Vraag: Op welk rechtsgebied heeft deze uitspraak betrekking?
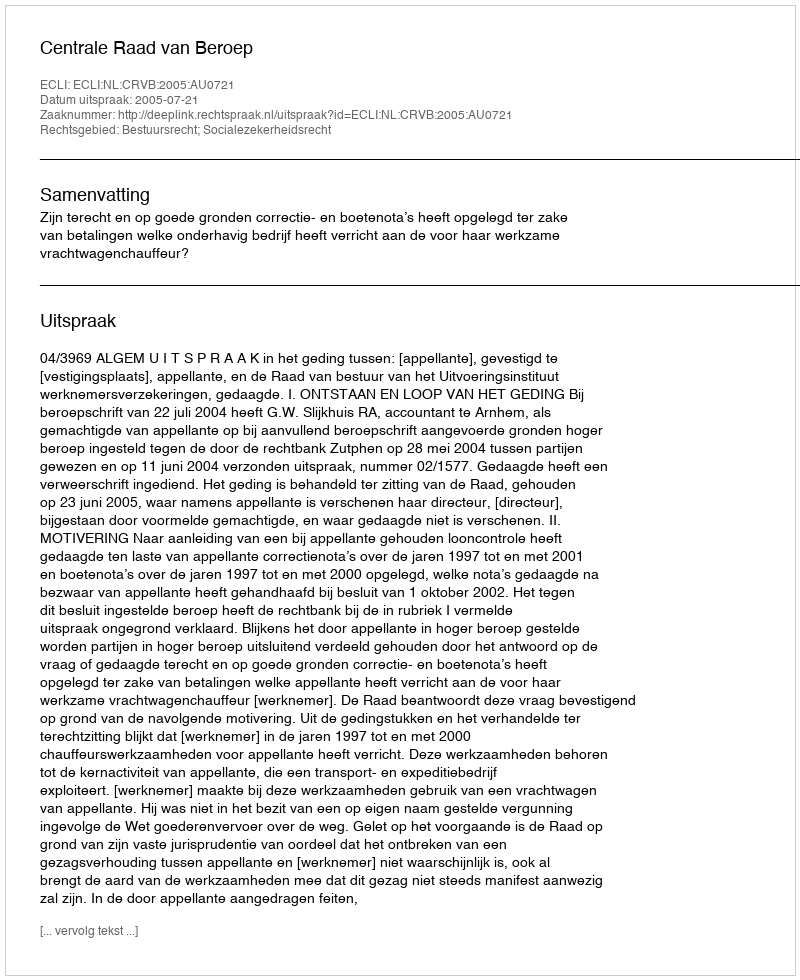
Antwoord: Bestuursrecht; Socialezekerheidsrecht